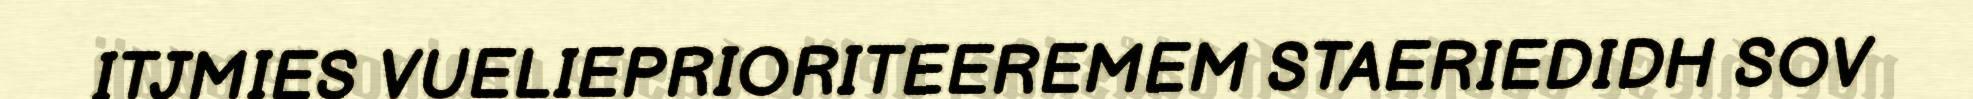
ITJMIES VUELIEPRIORITEEREMEM STAERIEDIDH SOV